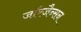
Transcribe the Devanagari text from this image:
जॉरजैन्सन